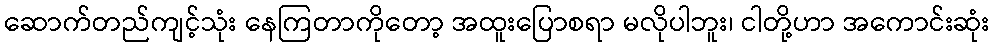
ဆောက်တည်ကျင့်သုံး နေကြတာကိုတော့ အထူးပြောစရာ မလိုပါဘူး၊ ငါတို့ဟာ အကောင်းဆုံး